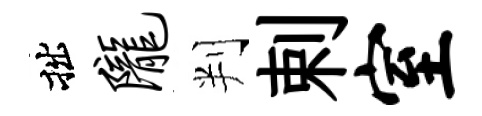
拙陇判剌室